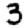
Digit: 3